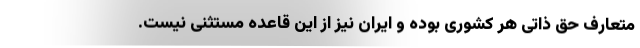
متعارف حق ذاتی هر کشوری بوده و ایران نیز از این قاعده مستثنی نیست.